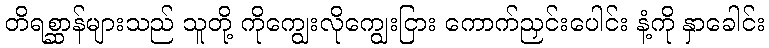
တိရစ္ဆာန်များသည် သူတို့ ကိုကျွေးလိုကျွေးငြား ကောက်ညှင်းပေါင်း နံ့ကို နှာခေါင်း